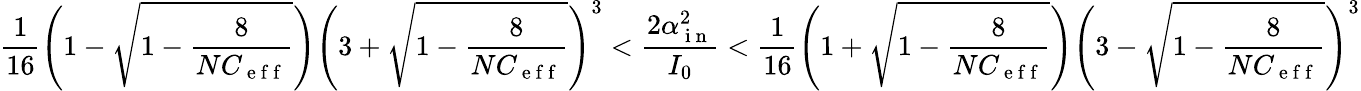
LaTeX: \frac{1}{16}\Bigg(1-\sqrt{1-\frac{8}{NC_{\mathrm{~e~f~f~}}}}\Bigg)\Bigg(3+\sqrt{1-\frac{8}{NC_{\mathrm{~e~f~f~}}}}\Bigg)^{3}<\frac{2\alpha_{\mathrm{~i~n~}}^{2}}{I_{0}}<\frac{1}{16}\Bigg(1+\sqrt{1-\frac{8}{NC_{\mathrm{~e~f~f~}}}}\Bigg)\Bigg(3-\sqrt{1-\frac{8}{NC_{\mathrm{~e~f~f~}}}}\Bigg)^{3}